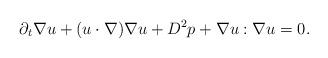
LaTeX: \begin{align*}\partial_t\nabla u + (u\cdot \nabla) \nabla u +D^2 p+ \nabla u:\nabla u =0. \end{align*}